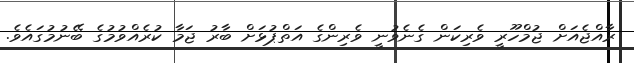
ރާއްޖެއަށް ޖުމްހޫރީ ވެރިކަން ގެނެވުނީ ވެރިންގެ އަތްޕުޅަށް ބާރު ޖަމާ ކުރެއްވުމުގެ ބޭނުމުގައެވެ.